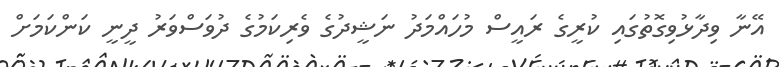
އޭނާ ވިދާޅުވިގޮތުގައި ކުރީގެ ރައީސް މުހައްމަދު ނަޝީދުގެ ވެރިކަމުގެ ދުވަސްވަރު ދީނީ ކަންކަމަށް